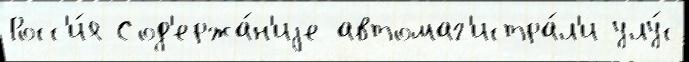
Росс'и́я Сод'ержа́н'иjе автомаг'истра́л'и улу́с